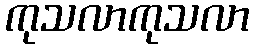
ကုသလာကုသလာ